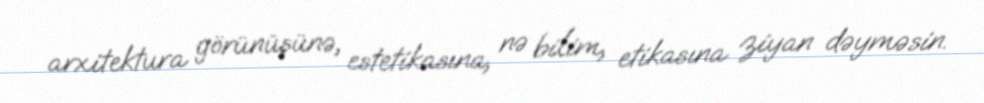
arxitektura görünüşünə, estetikasına, nə bilim, etikasına ziyan dəyməsin.